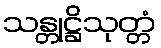
သန္တုဋ္ဌိသုတ္တံ